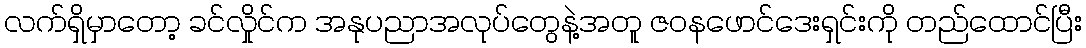
လက်ရှိမှာတော့ ခင်လှိုင်က အနုပညာအလုပ်တွေနဲ့အတူ ဇဝနဖောင်ဒေးရှင်းကို တည်ထောင်ပြီး